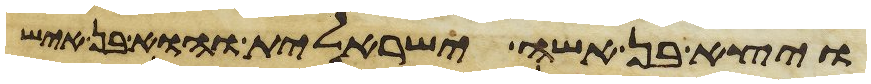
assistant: ויצא בן אשה ישראלית והוא בן איש